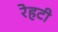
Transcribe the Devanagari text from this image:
रेहटी